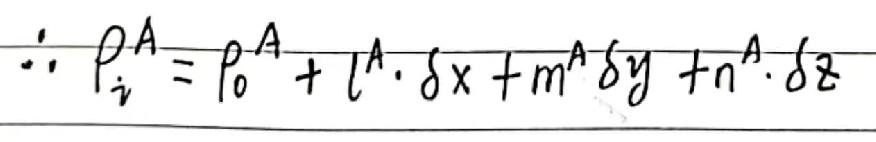
\[\therefore \rho_{i}^{A}=\rho_{0}^{A}+l^{A}\cdot\delta x + m^{A}\delta y + n^{A}\cdot\delta z\]